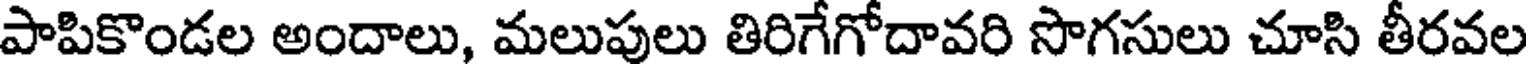
పాపికొండల అందాలు, మలుపులు తిరిగేగోదావరి సొగసులు చూసి తీరవల